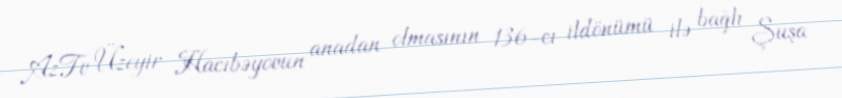
AzTv Üzeyir Hacıbəyovun anadan olmasının 136-cı ildönümü ilə bağlı Şuşa